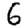
Digit: 6